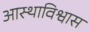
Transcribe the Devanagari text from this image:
आस्थाविश्वास